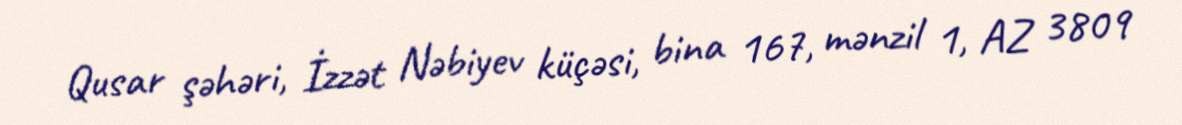
Qusar şəhəri, İzzət Nəbiyev küçəsi, bina 167, mənzil 1, AZ 3809